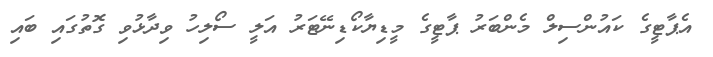
އެޕާޓީގެ ކައުންސިލް މެންބަރު ޕާޓީގެ މީޑިޔާކޯޑިނޭޓަރު އަލީ ސޯލިހު ވިދާޅުވި ގޮތުގައި ބައި